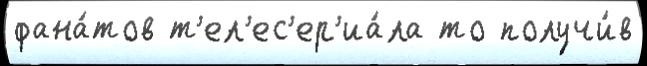
фана́тов т'ел'ес'ер'иа́ла то получи́в